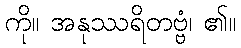
ကို။ အနုဿရိတဗ္ဗံ၊ ၏။